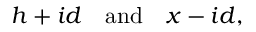
h + i d \quad { \mathrm { a n d } } \quad x - i d ,